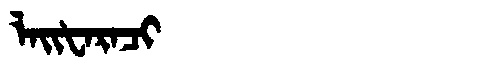
Manchu: ᠯᠠᡳᡶᠠᡵᠠᠴᡳ
Romanization: LAIFARACI